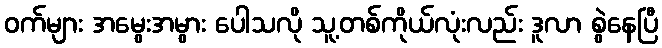
ဝက်များ အမွေးအမွား ပေါသလို သူ့တစ်ကိုယ်လုံးလည်း ဒူလာ စွဲနေပြီ